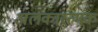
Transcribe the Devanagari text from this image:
अलंकारत्मक